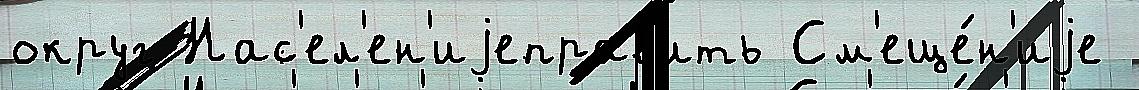
округ Нас'ел'ен'иjеправ'ить См'еще́н'иjе